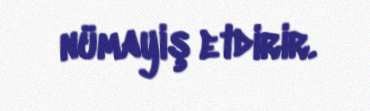
nümayiş etdirir.